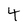
Character: 4